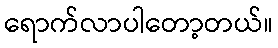
ရောက်လာပါတော့တယ်။